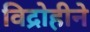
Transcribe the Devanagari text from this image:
विद्रोहीने